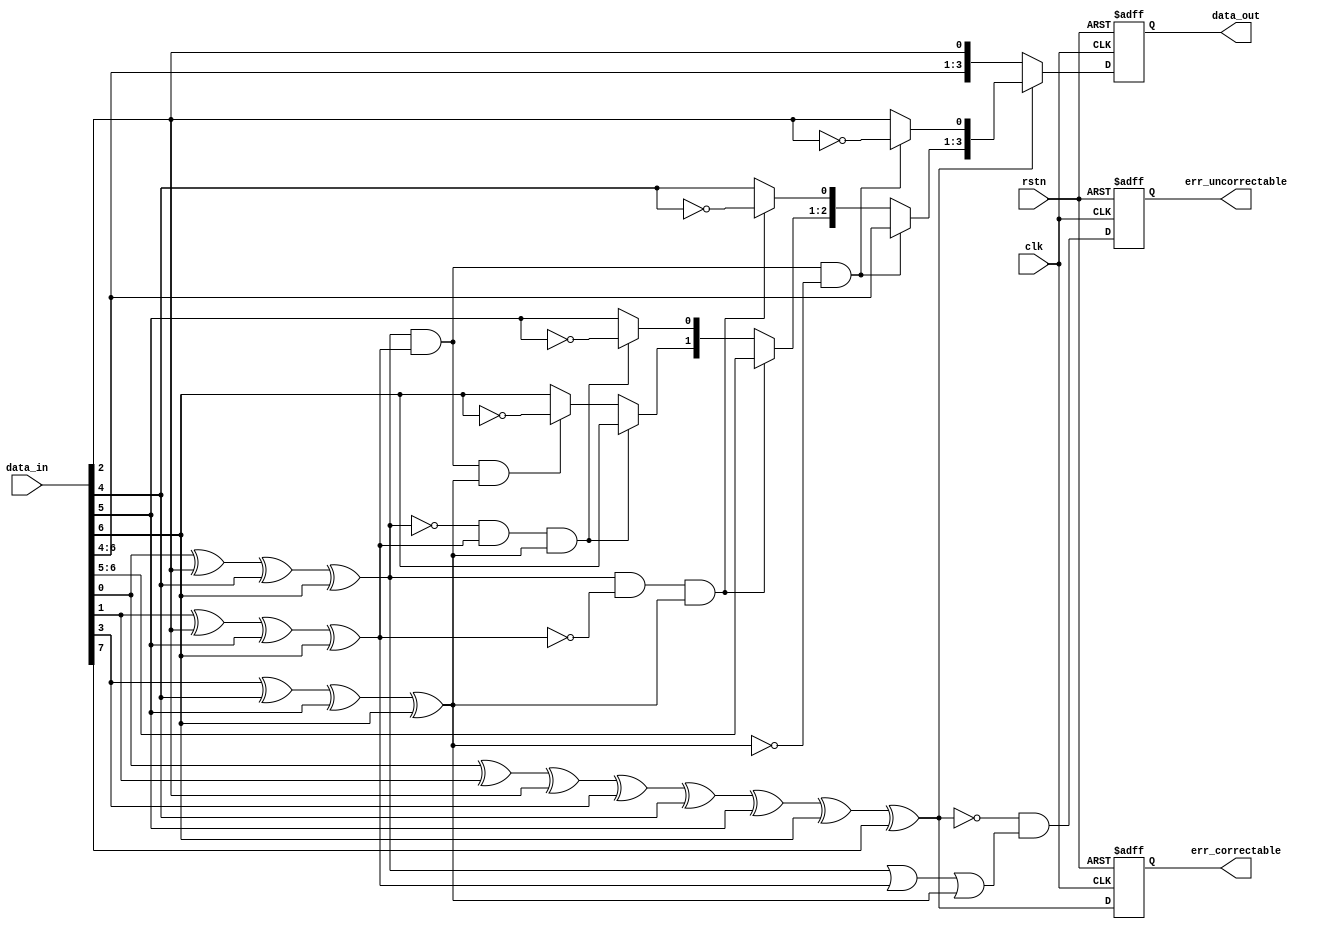

module Hamming_Decoder(
    output [3:0] data_out,
    output err_uncorrectable, err_correctable,
    input [7:0] data_in,
    input clk, rstn
    );
/*
    data_in[0] : P1
    data_in[1] : P2
    data_in[2] : D1
    data_in[3] : P3
    data_in[4] : D2
    data_in[5] : D3
    data_in[6] : D4
    data_in[7] : P4
    */

// **** TODO **** //
reg A, B, C, D;
reg err_single_bit, err_double_bit;
reg [3:0] c;

// Syndrome(A, B, C, D) calculation
always @(posedge clk or negedge rstn) begin
    if (rstn) begin
        c = {data_in[6], data_in[5], data_in[4], data_in[2]};
        
        // Syndrome calculation
        A = data_in[0] ^ data_in[2] ^ data_in[4] ^ data_in[6];
        B = data_in[1] ^ data_in[2] ^ data_in[5] ^ data_in[6];
        C = data_in[3] ^ data_in[4] ^ data_in[5] ^ data_in[6];
        D = data_in[0] ^ data_in[1] ^ data_in[2] ^ data_in[3] ^ data_in[4] ^ data_in[5] ^ data_in[6] ^ data_in[7];

        // Error number check 
        err_single_bit = (D == 1'b1);
        err_double_bit = (!err_single_bit && (A | B | C));

        // Error correctable check
        if (err_single_bit) begin // only correctable error
            if (A && B && !C) begin // D1 error: 1 1 0
                c[0] = ~c[0];
            end else if (A && !B && C) begin // D2 error : 1 0 1
                c[1] = ~c[1];
            end else if (!A && B && C) begin // D3 error : 0 1 1
                c[2] = ~c[2];
            end else if (A && B && C) begin // D4 error : 1 1 1 
                c[3] = ~c[3];
            end
        end
    end
    else begin // reset
         c = 4'b0000;
         err_double_bit = 0;
         err_single_bit = 0;
    end
 end
    
 assign err_uncorrectable = err_double_bit;
 assign err_correctable = err_single_bit;
 assign data_out = c;
// ************** //

endmodule